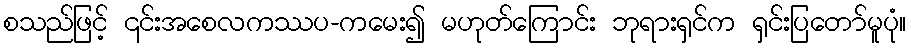
စသည်ဖြင့် ၎င်းအစေလကဿပ-ကမေး၍ မဟုတ်ကြောင်း ဘုရားရှင်က ရှင်းပြတော်မူပုံ။